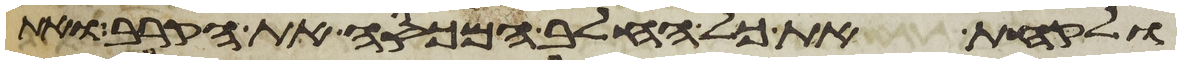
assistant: ולקחת את כל החלב המכסה את הקרב ואת